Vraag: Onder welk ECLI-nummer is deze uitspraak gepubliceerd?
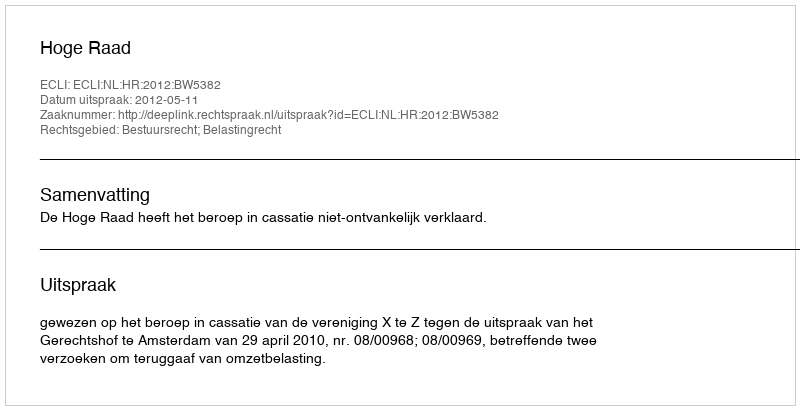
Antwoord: ECLI:NL:HR:2012:BW5382